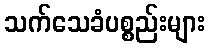
သက်သေခံပစ္စည်းများ